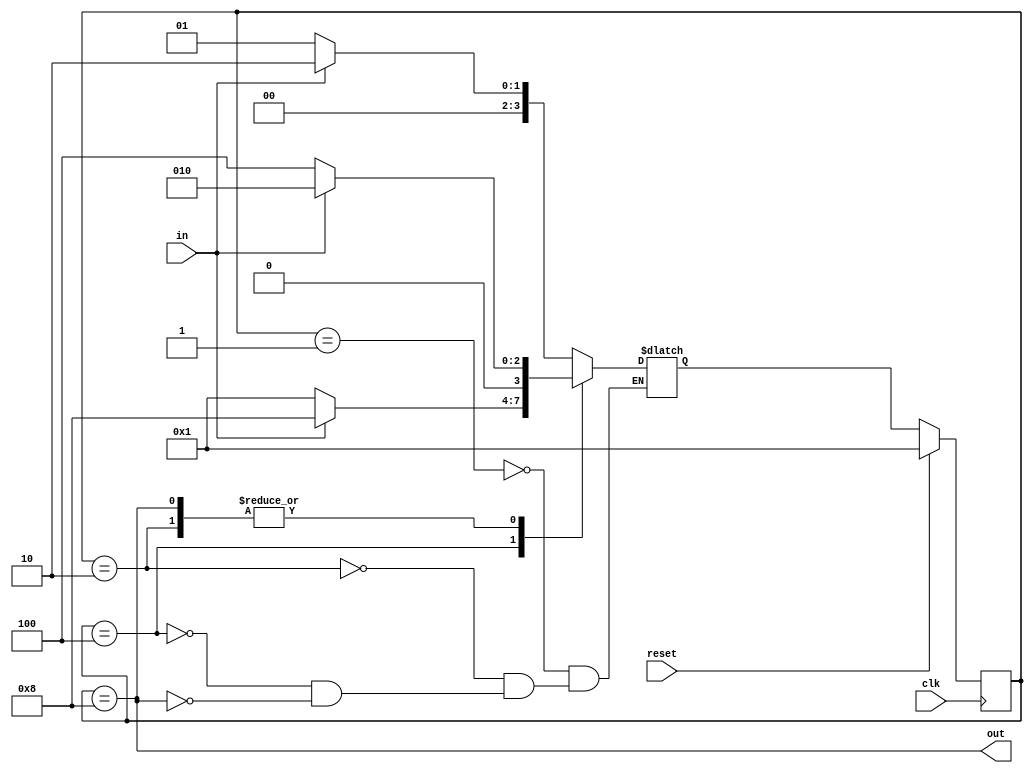
module top_module(
    input clk,
    input in,
    input reset,
    output out); //

    parameter A = 4'b0001;
    parameter B = 4'b0010; 
    parameter C = 4'b0100;
    parameter D = 4'b1000;
    reg [3:0] state, next_state;

    // State transition logic
    always @(*) begin
        case (state)
            A: begin
                if (in == 1) begin
                    next_state = B;
                end else begin
                    next_state = A;
                end
            end            
            B: begin
                if (in == 1) begin
                    next_state = B;
                end else begin
                    next_state = C;
                end
            end
            C: begin
                if (in == 1) begin
                    next_state = D;
                end else begin
                    next_state = A;
                end
            end
            D: begin
                if (in == 1) begin
                    next_state = B;
                end else begin
                    next_state = C;
                end
            end
        endcase
    end

    // State flip-flops with asynchronous reset
    always @(posedge clk) begin
        if (reset == 1) begin
            state <= A; 
        end else begin
            state <= next_state;
        end
    end

    // Output logic
    // always @(*) begin
    //     case (state)
    //         A: out = 0;            
    //         B: out = 0;
    //         C: out = 0;
    //         D: out = 1;            
    //     endcase
    // end
    assign out = (state == D);

endmodule